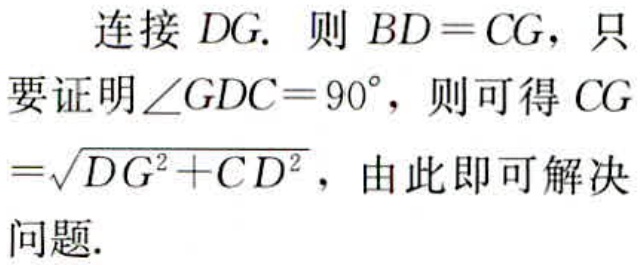
连接 \(DG\). 则 \(BD = CG\)，只要证明\(\angle GDC = 90^{\circ}\)，则可得 \(CG=\sqrt{DG^{2}+CD^{2}}\)，由此即可解决问题.